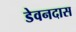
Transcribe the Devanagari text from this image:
डेवनदास